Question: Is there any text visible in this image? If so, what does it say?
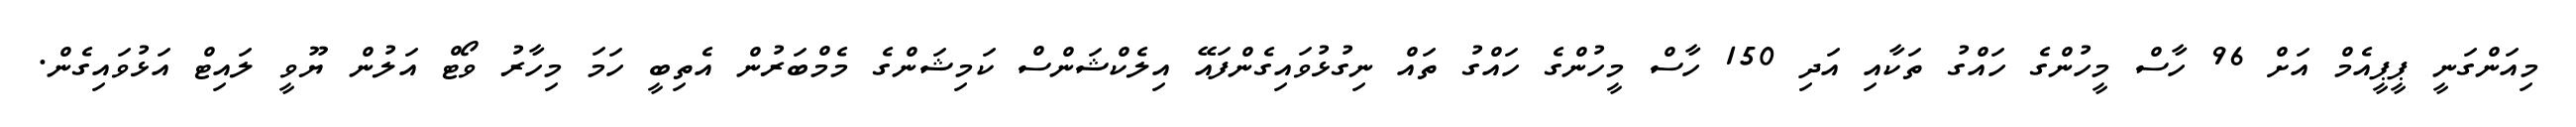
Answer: މިއަންގަނީ ޕީޕީއެމް އަށް 96 ހާސް މީހުންގެ ހައްގު ތަކާއި އަދި 150 ހާސް މީހުންގެ ހައްގު ތައް ނިގުޅުވައިގެންފައޭ އިލެކްޝަންސް ކަމިޝަންގެ މެމްބަރުން އެތިބީ ހަމަ މިހާރު ވޯޓް އަލުން ޔޫވީ ލައިޓް އަޅުވައިގެން.